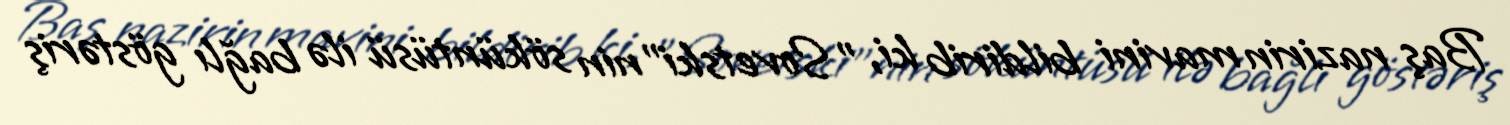
Baş nazirin mavini bildirib ki, "Sovetski"nin söküntüsü ilə bağlı göstəriş